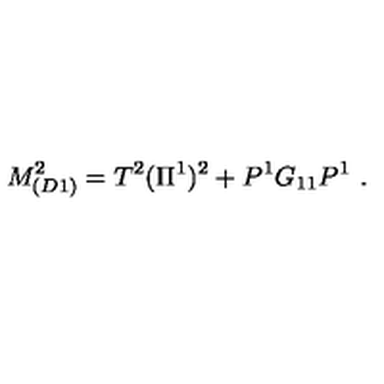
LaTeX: M _ { ( D 1 ) } ^ { 2 } = T ^ { 2 } ( \Pi ^ { 1 } ) ^ { 2 } + P ^ { 1 } G _ { 1 1 } P ^ { 1 } \ .